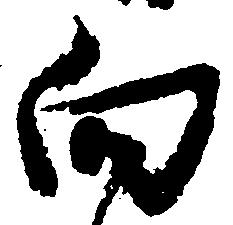
向